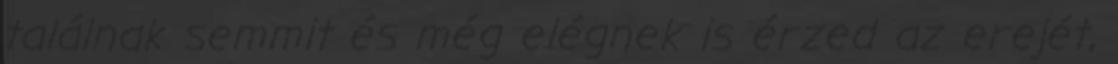
találnak semmit és még elégnek is érzed az erejét,